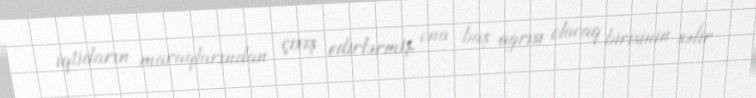
iqtidarın maraqlarından çıxış edirlərmiş, ona baş ağrısı olacaq birisinin səfir